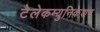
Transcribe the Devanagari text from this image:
टेलेकम्युनिकेशन